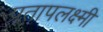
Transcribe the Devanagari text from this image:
प्रतापलक्ष्मी